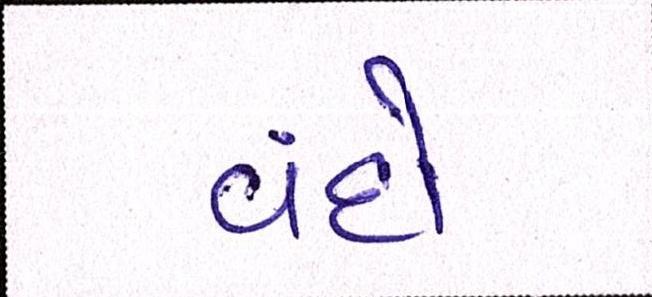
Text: વંદો